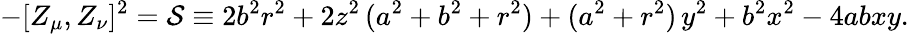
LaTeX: -[Z_{\mu},Z_{\nu}]^{2}={\cal S}\equiv 2b^{2}r^{2}+2z^{2}\, (a^{2}+b^{2}+r^{2})+(a^{2}+r^{2})\, y^{2}+b^{2}x^{2}-4abxy.